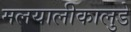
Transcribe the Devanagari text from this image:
मलयालीकालुडे